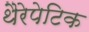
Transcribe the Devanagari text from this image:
थैरेपेटिक